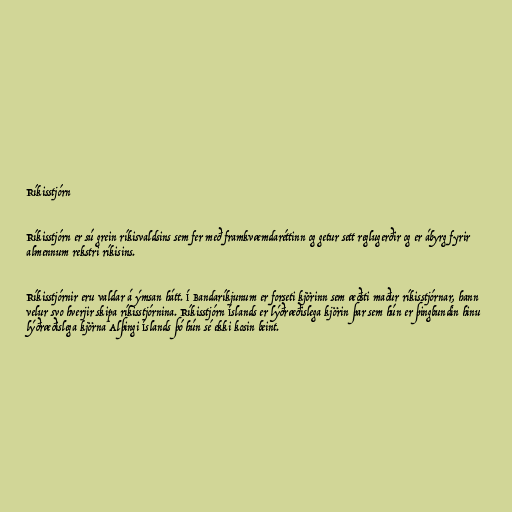
Ríkisstjórn

Ríkisstjórn er sú grein ríkisvaldsins sem fer með framkvæmdaréttinn og getur sett reglugerðir og er ábyrg fyrir
almennum rekstri ríkisins.

Ríkisstjórnir eru valdar á ýmsan hátt. Í Bandaríkjunum er forseti kjörinn sem æðsti maður ríkisstjórnar, hann
velur svo hverjir skipa ríkisstjórnina. Ríkisstjórn Íslands er lýðræðislega kjörin þar sem hún er þingbundin hinu
lýðræðislega kjörna Alþingi Íslands þó hún sé ekki kosin beint.